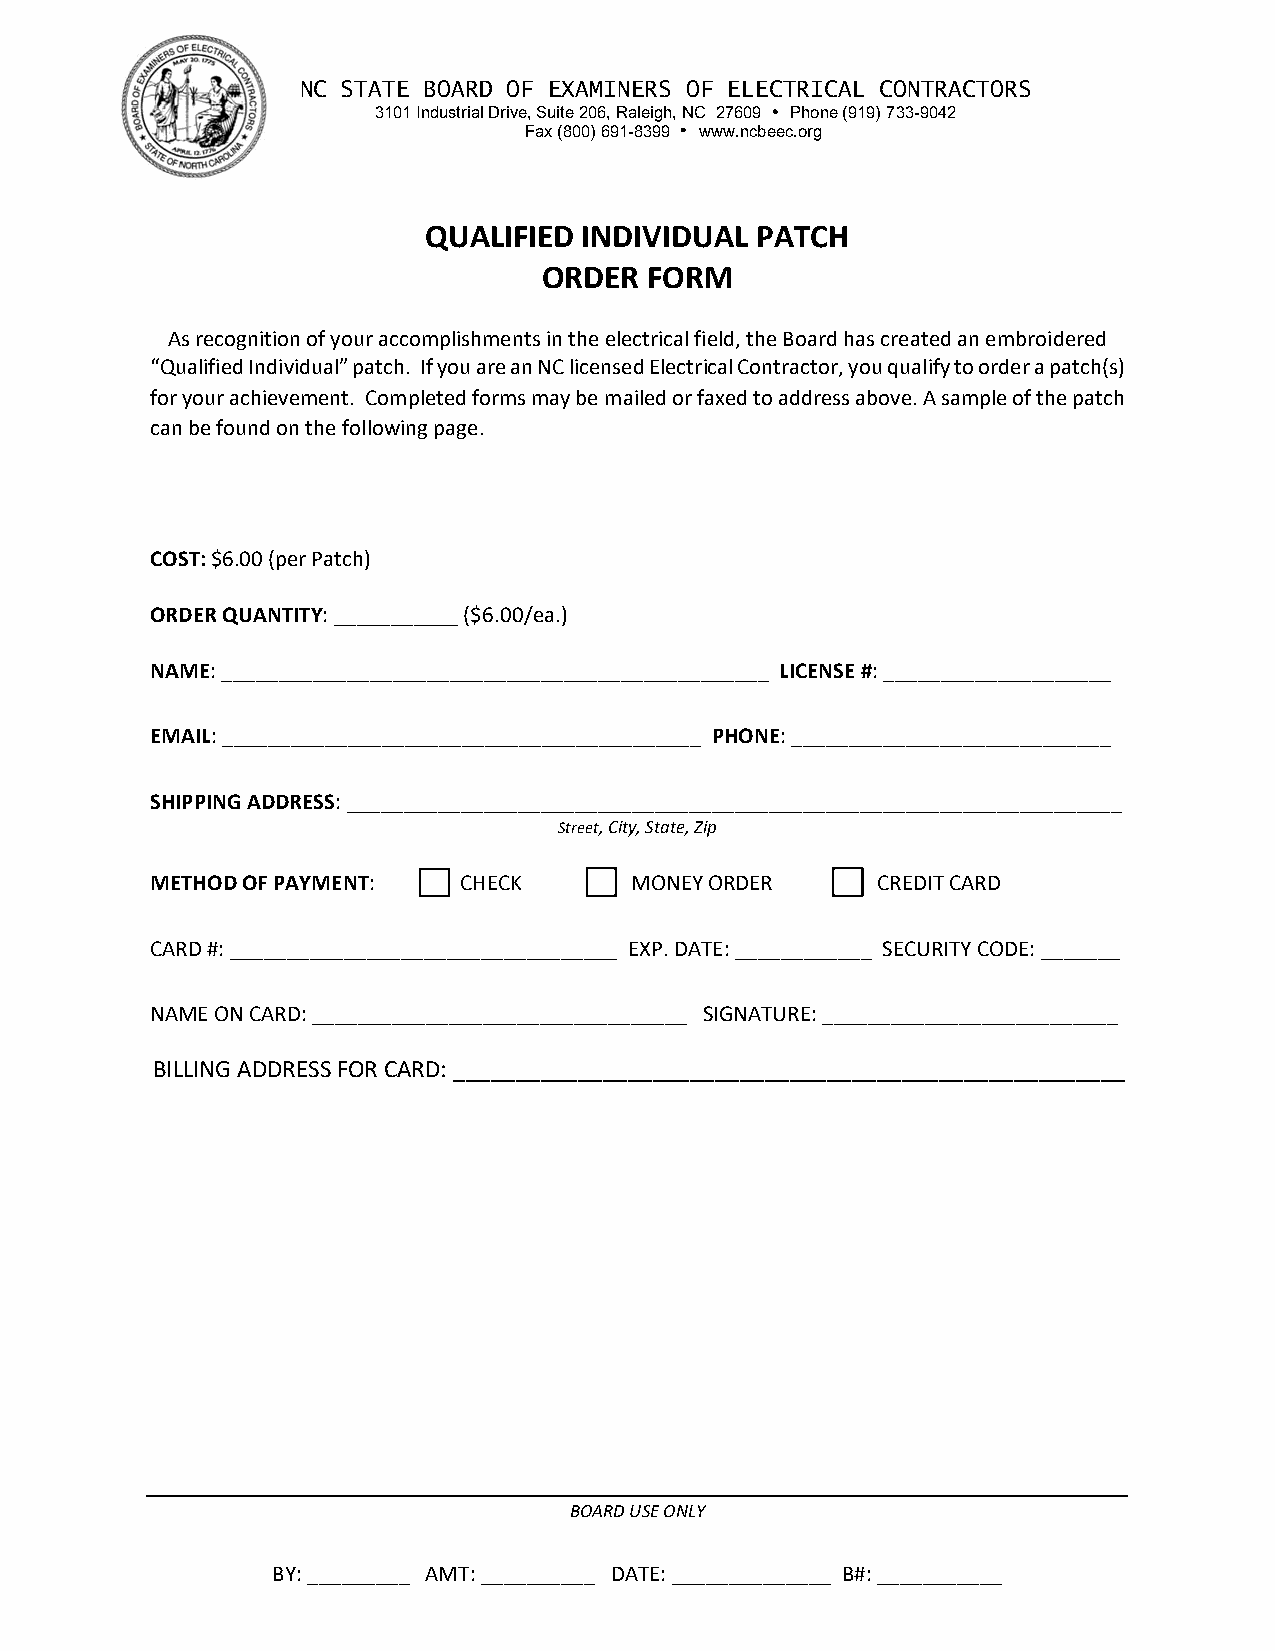
NC STATE BOARD OF EXAMINERS OF ELECTRICAL CONTRACTORS
 3101 Industrial Drive, Suite 206, Raleigh, NC 27609 Phone (919) 733-9042
 Fax (800) 691-8399 www.ncbeec.org
 QUALIFIED  INDIVIDUAL PATCH
 ORDER  FORM
 As recognition of your accomplishments in the electrical field, the Board has created an embroidered
 “Qualified Individual” patch. If you are an NC licensed Electrical Contractor, you qualify to order a patch(s)
 for your achievement. Completed forms may be mailed or faxed to address above. A sample of the patch
 can be found on the following page.
 COST: $6.00 (per Patch)
 ORDER QUANTITY: ___________ ($6.00/ea.)
 NAME: ________________________________________________ LICENSE #: ____________________
 EMAIL: __________________________________________ PHONE: ____________________________
 SHIPPING ADDRESS: ____________________________________________________________________
 Street, City, State, Zip
 METHOD OF PAYMENT:  CHECK       MONEY ORDER     CREDIT CARD
 CARD #: __________________________________ EXP. DATE: ____________ SECURITY CODE: _______
 NAME ON CARD: _________________________________ SIGNATURE: __________________________
 BILLING ADDRESS FOR CARD: ______________________________________________________
 BOARD USE ONLY
 BY: _________ AMT: __________ DATE: ______________ B#: ___________